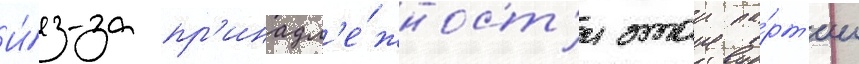
И́з-за пр'инадл'е́жност'и этои па́рт'ии